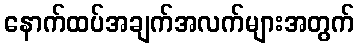
နောက်ထပ်အချက်အလက်များအတွက်